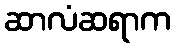
ဆာလံဆရာက